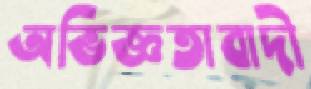
অভিজ্ঞতাবাদী